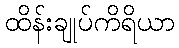
ထိန်းချုပ်ကိရိယာ